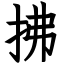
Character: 拂